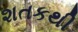
શતકથી